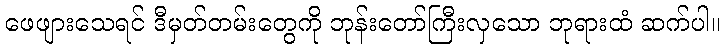
ဖေဖျားသေရင် ဒီမှတ်တမ်းတွေကို ဘုန်းတော်ကြီးလှသော ဘုရားထံ ဆက်ပါ။